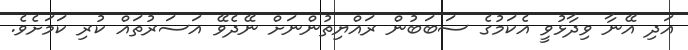
އަދި އޭނާ ވިދާޅުވީ އެކަމުގެ ސަބަބުން ރައްޔިތުންނަށް ނޭދެވޭ އަސަރުތައް ކުރި ކަމަށެވެ.